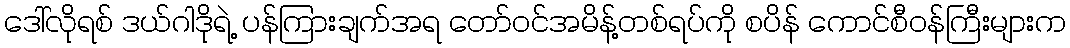
ဒေါ်လိုရစ် ဒယ်ဂါဒိုရဲ့ ပန်ကြားချက်အရ တော်ဝင်အမိန့်တစ်ရပ်ကို စပိန် ကောင်စီဝန်ကြီးများက